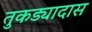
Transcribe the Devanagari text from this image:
तुकड्यादास